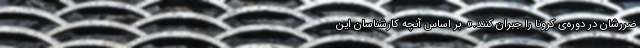
ضررشان در دوره‌ی کرونا را جبران کنند.»  بر اساس آنچه کارشناسان این